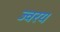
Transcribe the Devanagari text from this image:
ज्वरय